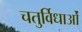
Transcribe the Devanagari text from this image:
चतुर्विधाओं